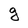
Character: g